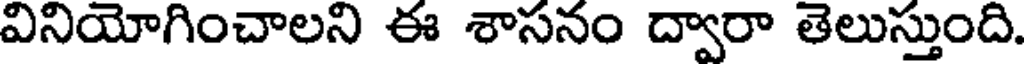
వినియోగించాలని ఈ శాసనం ద్వారా తెలుస్తుంది.